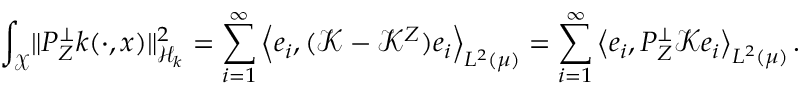
\int _ { \mathcal { X } } \lVert P _ { Z } ^ { \perp } k ( \cdot , x ) \rVert _ { \mathcal { H } _ { k } } ^ { 2 } = \sum _ { i = 1 } ^ { \infty } \left\langle e _ { i } , ( \mathcal { K } - \mathcal { K } ^ { Z } ) e _ { i } \right\rangle _ { L ^ { 2 } ( \mu ) } = \sum _ { i = 1 } ^ { \infty } \left\langle e _ { i } , P _ { Z } ^ { \perp } \mathcal { K } e _ { i } \right\rangle _ { L ^ { 2 } ( \mu ) } .